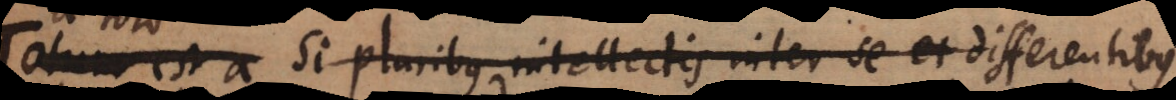
Totum est a Si pluribus intellectis inter se et differentibus